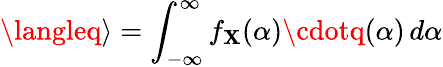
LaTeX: \langleq\rangle=\int_{-\infty}^{\infty}f_{\mathbf{X}}(\alpha)\cdotq(\alpha)\, d\alpha